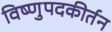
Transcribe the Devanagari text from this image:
विष्णुपदकीर्तन